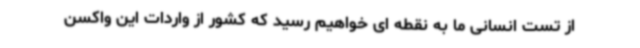
از تست انسانی ما به نقطه ای خواهیم رسید که کشور از واردات این واکسن